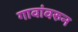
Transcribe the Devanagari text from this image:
गावांवरुन